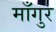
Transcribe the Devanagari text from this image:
माँगुर